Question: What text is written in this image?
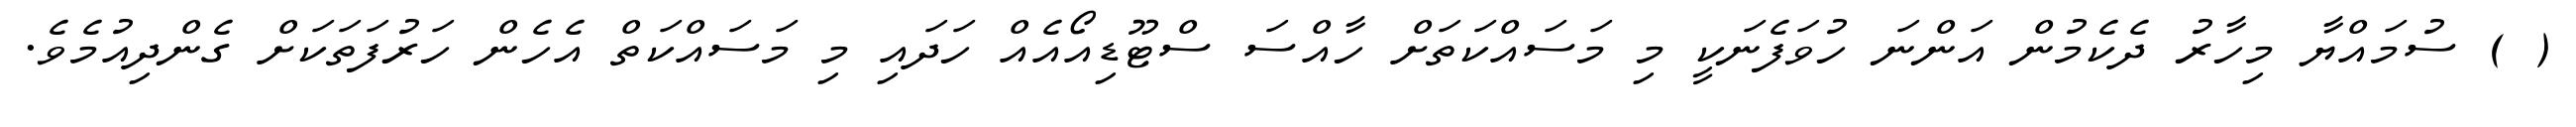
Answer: ( ) ސުމައްޔާ މިހާރު ދެކެމުން އަންނަ ހުވަފެނަކީ މި މަސައްކަތަށް ހާއްސަ ސްޓޫޑިއޯއެއް ހަދައި މި މަސައްކަތް އެހެން ހަރުފަތަކަށް ގެންދިއުމެވެ.